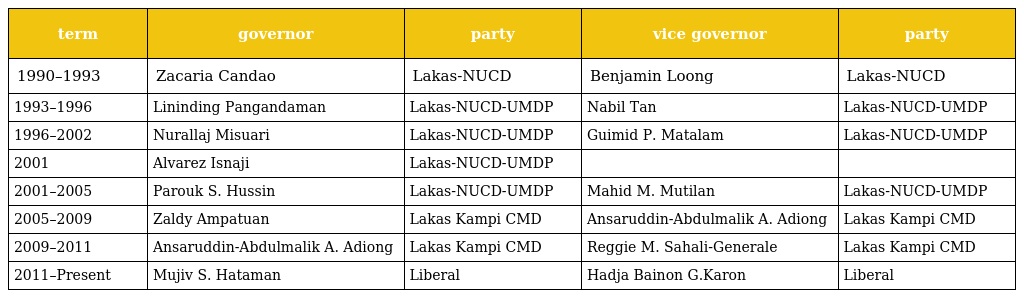
| term | governor | party | vice governor | party |
 | --- | --- | --- | --- | --- |
 | 1990–1993 | Zacaria Candao | Lakas-NUCD | Benjamin Loong | Lakas-NUCD |
 | 1993–1996 | Lininding Pangandaman | Lakas-NUCD-UMDP | Nabil Tan | Lakas-NUCD-UMDP |
 | 1996–2002 | Nurallaj Misuari | Lakas-NUCD-UMDP | Guimid P. Matalam | Lakas-NUCD-UMDP |
 | 2001 | Alvarez Isnaji | Lakas-NUCD-UMDP |  |  |
 | 2001–2005 | Parouk S. Hussin | Lakas-NUCD-UMDP | Mahid M. Mutilan | Lakas-NUCD-UMDP |
 | 2005–2009 | Zaldy Ampatuan | Lakas Kampi CMD | Ansaruddin-Abdulmalik A. Adiong | Lakas Kampi CMD |
 | 2009–2011 | Ansaruddin-Abdulmalik A. Adiong | Lakas Kampi CMD | Reggie M. Sahali-Generale | Lakas Kampi CMD |
 | 2011–Present | Mujiv S. Hataman | Liberal | Hadja Bainon G.Karon | Liberal |